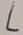
Text: L